Lock hospitals Punjab
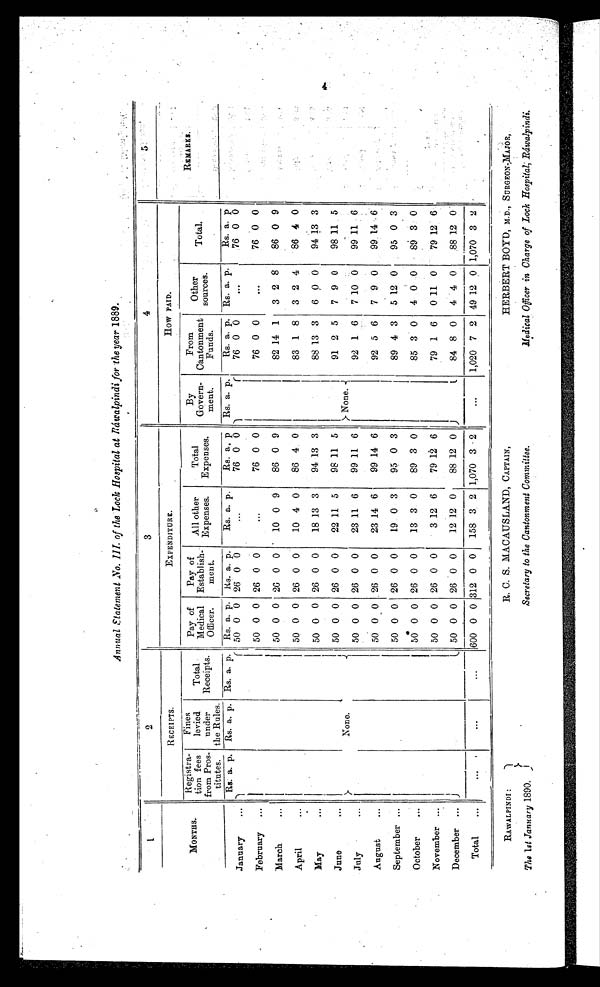
Annual Statement No. III. of the Lock Hospital at Ráwalpindi for the year 1889.
1
_____ __
2
3
4
5
MONTHS.
RECEIPTS.
EXPENDITURE.
How PAID.
REMARKS.
Registra-
tion fees
from Pros-
titutes.
Fines
levied
under
the Rules.
Total
Receipts.
Pay of
Medical
Officer.
Pay of
Establish-
ment.
All other
Expenses.
Total
Expenses.
By
Govern-
ment.
From
Cantonment
Funds.
Other
sources.
Total.
January
...
Rs. a. p. Rs. a. p. Rs, a. p Rs. a. p. Rs. a. p.
Rs. a. p.
Rs, a. p. Rs. a. p.
Rs. a. p. Rs. a. p.
Rs. a. p.
50 0 0 26 0 0
. . .
76 0 0
None.
76 0 0
. . .
76 0 0
None.
February
...
50 0 0 26 0 0
...
76 0 0
76 0 0
. . .
76 0 0
March
. . .
50 0 0 26 0 0
10 0 9
86 0 9
82 14 1
3 2 8
86 0 9
April
...
50 0 0 26 0 0
10 4 0
86 4 0
83 1 8
3 2 4
86 4 0
May
...
50 0 0 26 0 0
18 13 3
94 13 3
88 13 3
6 o 0
9413 3
June
...
50 0 0 26 0 0
22 11 5
98 11 5
91 2 5
7 9 0
98 11 5
July
. . .
50 0 0 26 0 0
23 11 6
99 11 6
92 1 6
7 10 0
99 11 6
August
...
56 0 0 , 26 0 0
23 14 6
99 14 6
92 5 6
7 9 0
99 14 6
September ...
50 0 0 26 0 0
19 0 3
95 0 3
89 4 3
5 12 0
95 0 3
October
....
50 0 0 26 0 0
13 3 0
89 3 0
85 3 0
4 0 0
86 3 0
November ...
50 0 0 26 0 0
3 12 6
79 12 6
79 1 6
0 11 0
79 12 6
December
50 0 0 26 0 0
12 12 0
88 12 0
84 8 0
4 4 0
88 12 0
Total
...
. . .
...
...
600 0 0 312 0 0
158 3 2 1,070 3
2
. . .
1,020 7 2 49 12 0 1,070 3 2
4
RAWALPINDI :
The 1st January 1890.
R. C. S. MACAUSLAND, CAPTAIN,
Secretary to the Cantonment Committee.
HERBERT BOYD, M.D., SURGEON-MAJOR,
Medical Officer in Charge of Lock Hospital; Ráwalpindi.